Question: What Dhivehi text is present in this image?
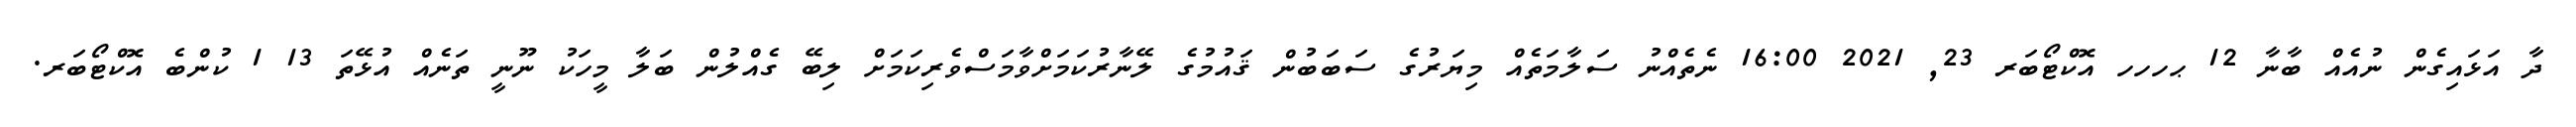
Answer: ދާ އަޅައިގެން ނުއެއް ބާނާ 12 ޙހހހ އޮކްޓޯބަރ 23, 2021 16:00 ނެތެއްނު ސަލާމަތެއް މިޔަރުގެ ސަބަބުން ޤައުމުގެ ލޭނާރުކަމަށްވާމަސްވެރިކަމަށް ލިބޭ ގެއްލުން ބަލާ މީހަކު ނޫނީ ތަނެއް އުޅޭތަ 13 1 ކުންބެ އޮކްޓޯބަރ.